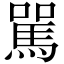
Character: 駡